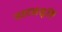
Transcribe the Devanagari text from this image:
नाट्यसृष्टि